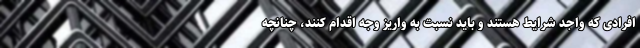
افرادی که واجد شرایط هستند و باید نسبت به واریز وجه اقدام کنند، چنانچه